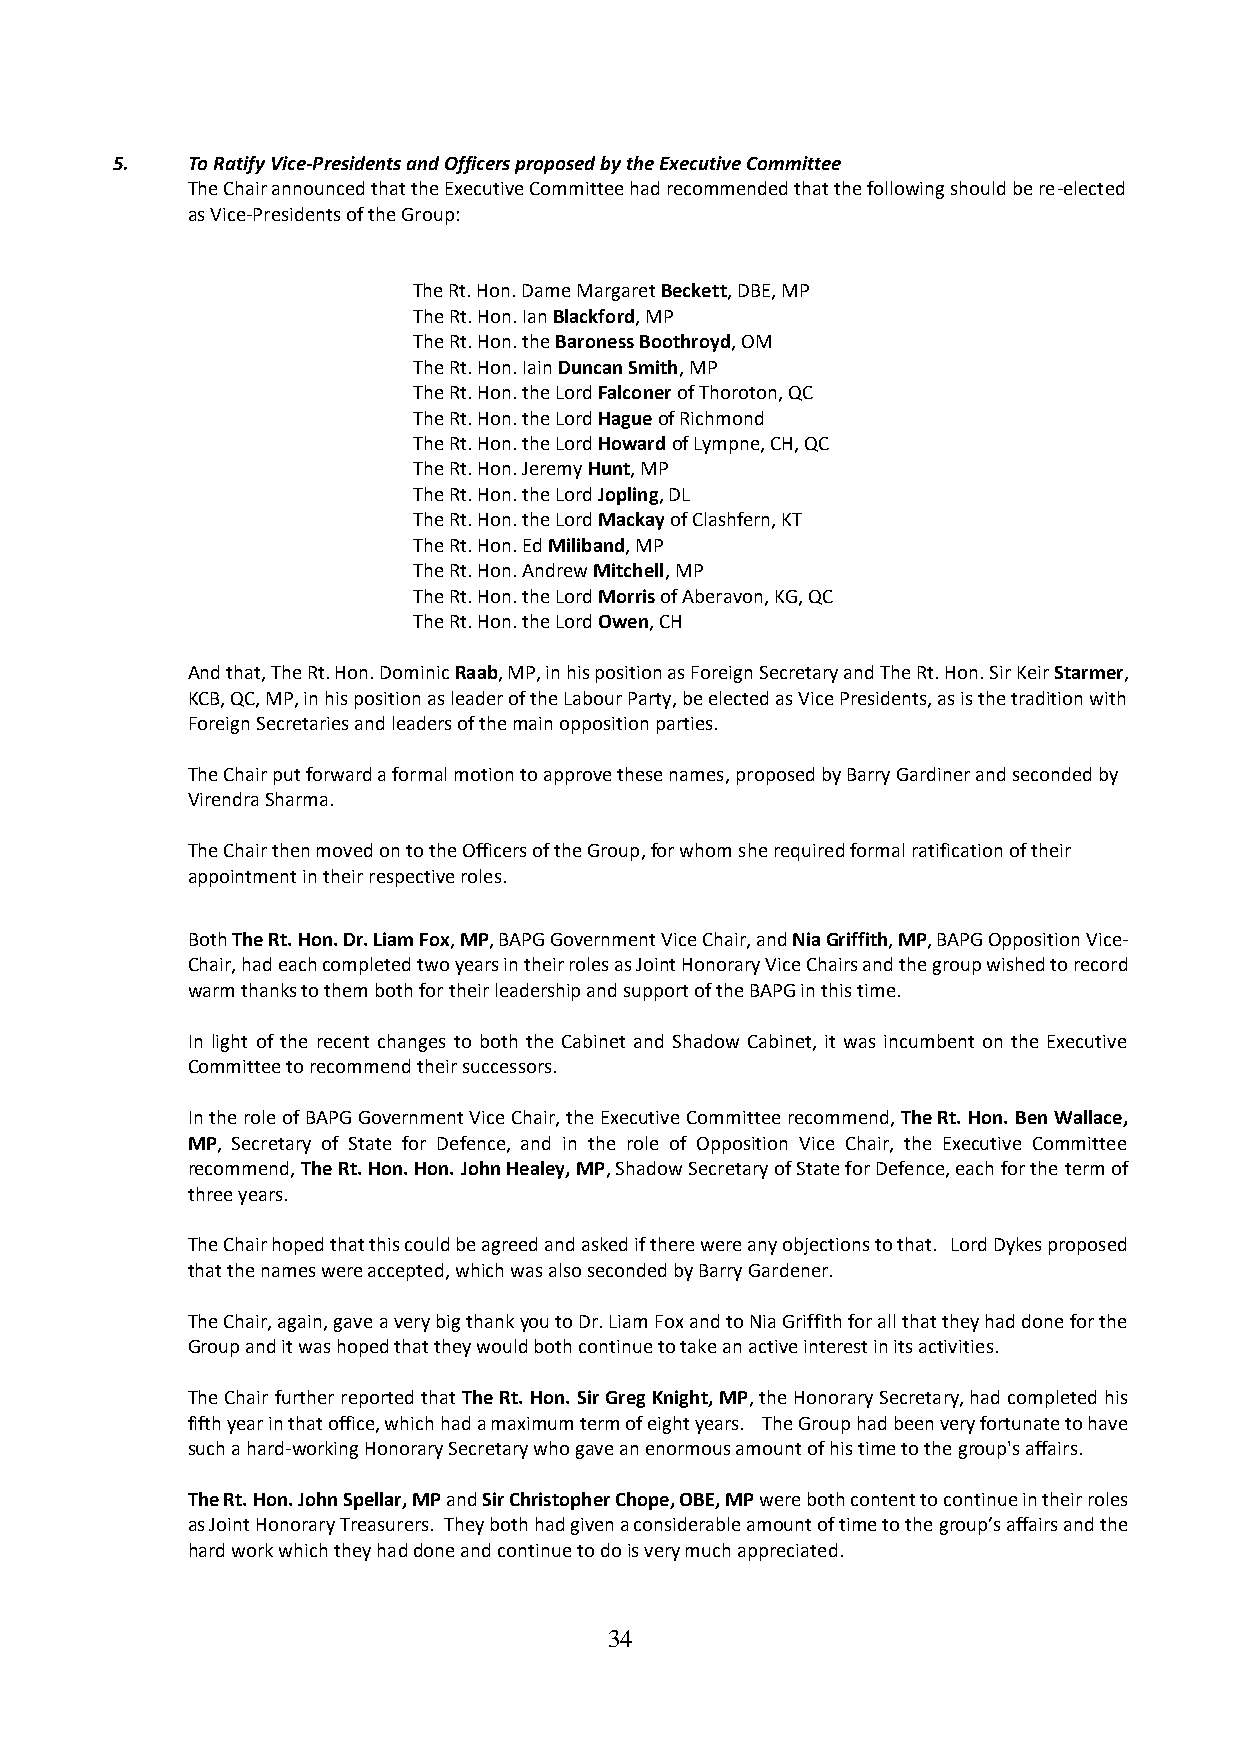
5.   To Ratify Vice-Presidents and Officers proposed by the Executive Committee
 The Chair announced that the Executive Committee had recommended that the following should be re-elected
 as Vice-Presidents of the Group:
 The Rt. Hon. Dame Margaret Beckett, DBE, MP
 The Rt. Hon. Ian Blackford, MP
 The Rt. Hon. the Baroness Boothroyd, OM
 The Rt. Hon. Iain Duncan Smith, MP
 The Rt. Hon. the Lord Falconer of Thoroton, QC
 The Rt. Hon. the Lord Hague of Richmond
 The Rt. Hon. the Lord Howard of Lympne, CH, QC
 The Rt. Hon. Jeremy Hunt, MP
 The Rt. Hon. the Lord Jopling, DL
 The Rt. Hon. the Lord Mackay of Clashfern, KT
 The Rt. Hon. Ed Miliband, MP
 The Rt. Hon. Andrew Mitchell, MP
 The Rt. Hon. the Lord Morris of Aberavon, KG, QC
 The Rt. Hon. the Lord Owen, CH
 And that, The Rt. Hon. Dominic Raab, MP, in his position as Foreign Secretary and The Rt. Hon. Sir Keir Starmer,
 KCB, QC, MP, in his position as leader of the Labour Party, be elected as Vice Presidents, as is the tradition with
 Foreign Secretaries and leaders of the main opposition parties.
 The Chair put forward a formal motion to approve these names, proposed by Barry Gardiner and seconded by
 Virendra Sharma.
 The Chair then moved on to the Officers of the Group, for whom she required formal ratification of their
 appointment in their respective roles.
 Both The Rt. Hon. Dr. Liam Fox, MP, BAPG Government Vice Chair, and Nia Griffith, MP, BAPG Opposition Vice-
 Chair, had each completed two years in their roles as Joint Honorary Vice Chairs and the group wished to record
 warm thanks to them both for their leadership and support of the BAPG in this time.
 In light of the recent changes to both the Cabinet and Shadow Cabinet, it was incumbent on the Executive
 Committee to recommend their successors.
 In the role of BAPG Government Vice Chair, the Executive Committee recommend, The Rt. Hon. Ben Wallace,
 MP, Secretary of State for Defence, and in the role of Opposition Vice Chair, the Executive Committee
 recommend, The Rt. Hon. Hon. John Healey, MP, Shadow Secretary of State for Defence, each for the term of
 three years.
 The Chair hoped that this could be agreed and asked if there were any objections to that. Lord Dykes proposed
 that the names were accepted, which was also seconded by Barry Gardener.
 The Chair, again, gave a very big thank you to Dr. Liam Fox and to Nia Griffith for all that they had done for the
 Group and it was hoped that they would both continue to take an active interest in its activities.
 The Chair further reported that The Rt. Hon. Sir Greg Knight, MP, the Honorary Secretary, had completed his
 fifth year in that office, which had a maximum term of eight years. The Group had been very fortunate to have
 such a hard-working Honorary Secretary who gave an enormous amount of his time to the group's affairs.
 The Rt. Hon. John Spellar, MP and Sir Christopher Chope, OBE, MP were both content to continue in their roles
 as Joint Honorary Treasurers. They both had given a considerable amount of time to the group’s affairs and the
 hard work which they had done and continue to do is very much appreciated.
 34